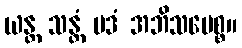
ယန္တ သန္တံ ပဒံ အဘိသမေစ္စ။